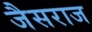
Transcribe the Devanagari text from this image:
जैसराज